Vaccination in Bombay 1913-1923 - 1913-1923
Year: 1913
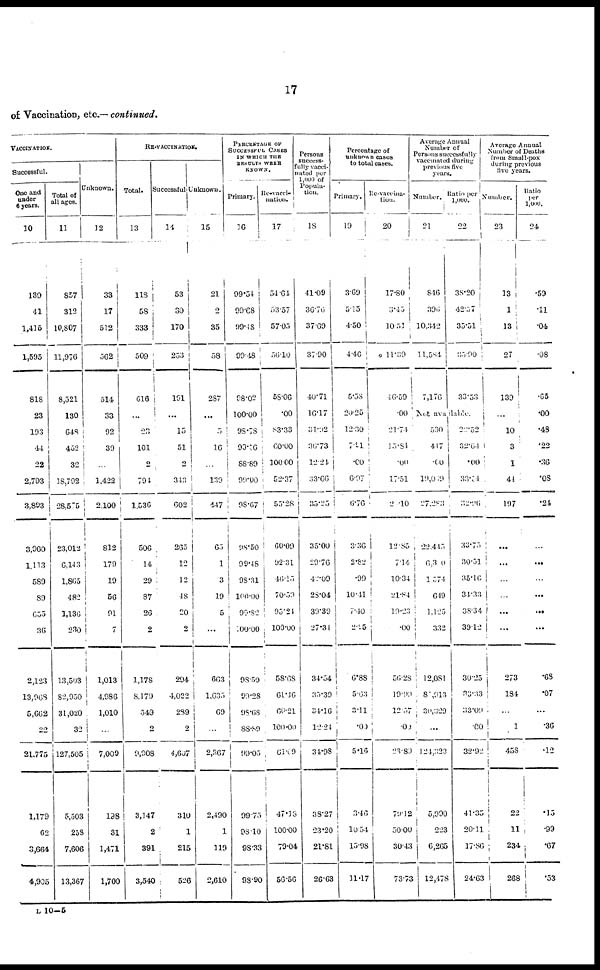
17
of Vaccination, etc..— continued.
VACCINATION.
Successful.
One and
under
6 years.
10
139
41
1,415
1,595
818
23
193
44
22
2,793
3,893
3,960
1,113
589
89
655
36
2,123
13,968
5,665
22
21,775
1,179
62
3,664
4,905
Total of
all ages.
11
857
312
10,807
11,976
8,521
130
648
452
32
18,792
28,575
23,012
6,143
1,865
482
1,136
230
13,503
82,950
31,020
32
127,505
5,503
258
7,606
13,367
Unknown.
12
33
17
512
562
514
33
92
39
...
1,422
2,100
812
179
19
56
91
7
1,013
4,986
1,010
...
7,009
198
31
1,471
1,700
RE-VACCINATION.
Total.
13
118
58
333
509
616
...
23
101
2
794
1.536
506
14
29
87
26
2
1,178
8,179
549
2
9,908
3,147
2
391
3,540
Successful
14
53
30
170
253
191
...
15
51
2
343
602
265
12
12
48
20
2
294
4,022
289
2
4,607
310
1
215
526
Unknown.
15
21
2
35
58
287
...
5
16
...
139
447
65
1
3
19
5
...
663
1,635
69
...
2,367
2,490
1
119
2,610
PERCENTAGE OF
SUCCESSFUL CASES
IN WHICH THE
RESULTS WERE
KNOWN.
Primary.
16
99.51
99.68
99.48
99.48
98.02
100.00
98.78
99.56
88.89
99.00
98.67
98.50
99.48
98.31
100.00
99.82
100.00
98.50
99.28
98.68
88.89
99.05
99.75
98.10
98.33
98.90
Re-vacci¬
nation.
17
54.64
53.57
57.05
56.10
58.06
.00
83.33
60.00
100.00
52.37
55.28
60.09
92.31
46.15
70.59
95.24
100.00
58.68
61.46
66.21
100.00
61.09
47.18
100.00
79.04
56.56
Persons
success¬
fully vacci¬
nated per
1,000 of
Popula-
tion.
18
41.09
36.76
37.69
37.90
40.71
16.17
31.92
36.73
12.24
33.66
35.25
35.00
29.76
42.09
28.04
39.39
27.34
34.54
35.39
34.16
12.24
31.98
38.27
23.20
21.81
26.63
Percentage of
unknown cases
to total cases.
Primary.
19
3.69
5.15
4.50
4.46
5.58
20.25
12.30
7.91
.00
6.97
6.76
3.36
2.82
.99
10.41
7.40
2.55
6.88
5.63
3.11
.00
5.16
3.46
10.54
15.98
11.17
Re-vaccina¬
tion.
20
17.80
3.45
10.51
11.39
46.59
.00
21.74
13.84
.00
17.51
2.10
12.85
7.14
10.34
21.84
19.23
.00
56.28
19.99
12.57
.00
23.89
79.12
50.00
30.43
73.73
Average Annual
Number of
Persons successfully
vaccinated during
previous five
years.
Number.
21
846
396
10,342
11,584
7,176
Ratio per
1,000.
22
38.20
42.57
35.51
35.90
33.53
Not available.
530
447
.00
19,009
27,283
22,445
6,300
1,574
649
1,125
332
12,081
81,913
30,329
...
124,323
5,990
223
6,265
12,478
22.52
32.64
.00
33.54
32.96
33.75
30.51
35.16
34.33
38.34
39.12
30.25
33.33
33.09
.00
32.92
41.35
20.11
17.86
24.63
Average A
Number of
Number.
23
13
1
13
27
139
...
10
3
1
44
197
...
...
...
...
...
...
273
184
...
1
458
22
11
234
268
Ratio
per
1,000.
24
.59
.11
.04
.08
.65
.00
.48
.22
.36
.08
.24
...
...
...
...
...
...
.68
.07
...
.36
.12
15
.99
.67
.53
L 10—5